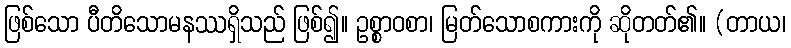
ဖြစ်သော ပီတိသောမနဿရှိသည် ဖြစ်၍။ ဥစ္စာဝစာ၊ မြတ်သောစကားကို ဆိုတတ်၏။ (တာယ၊